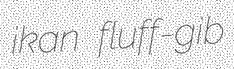
ikan fluff-gib